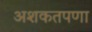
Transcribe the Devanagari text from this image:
अशकतपणा